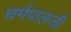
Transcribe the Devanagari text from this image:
धर्मपालजी